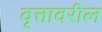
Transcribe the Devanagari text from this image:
वृत्तावरील